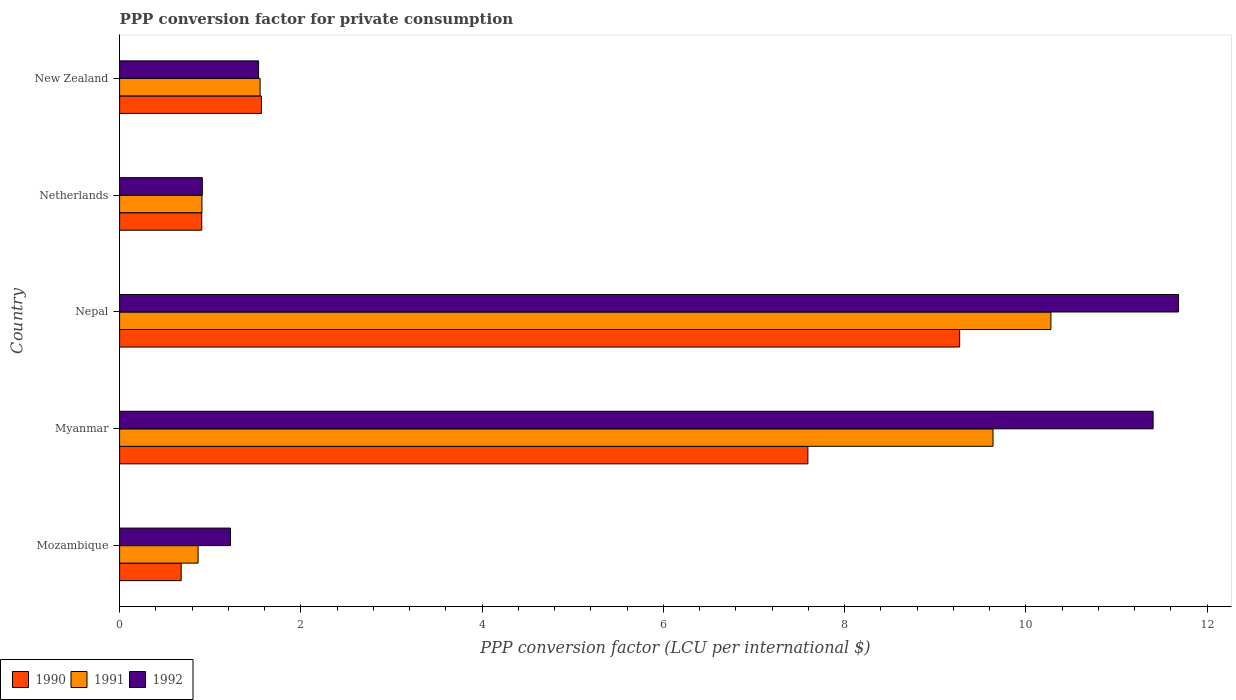
| Country | 1990 | 1991 | 1992 |
 | --- | --- | --- | --- |
 | Mozambique | 0.679 | 0.866 | 1.22 |
 | Myanmar | 7.6 | 9.64 | 11.4 |
 | Nepal | 9.27 | 10.3 | 11.7 |
 | Netherlands | 0.906 | 0.909 | 0.913 |
 | New Zealand | 1.56 | 1.55 | 1.53 |